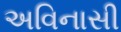
અવિનાસી